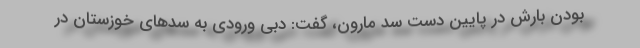
بودن بارش در پایین دست سد مارون، گفت: دبی ورودی به سدهای خوزستان در